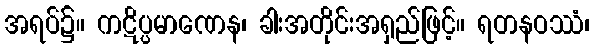
အရပ်၌။ ကဋိပ္ပမာဏေန၊ ခါးအတိုင်းအရှည်ဖြင့်။ ရတနဝဿံ၊